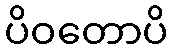
ပိဝတောပိ